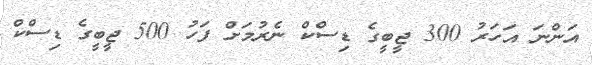
އަންނަ އަހަރު 300 ޖީބީގެ ޑިސްކް ނެރުމަށް ފަހު 500 ޖީބީގެ ޑިސްކް